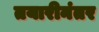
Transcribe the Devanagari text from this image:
तयारीनंतर